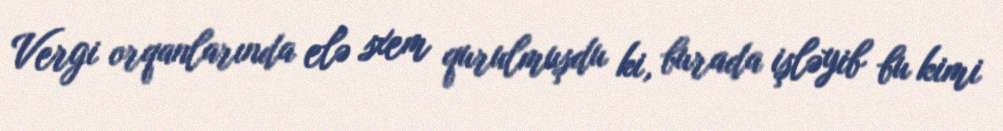
Vergi orqanlarında elə sxem qurulmuşdu ki, burada işləyib bu kimi